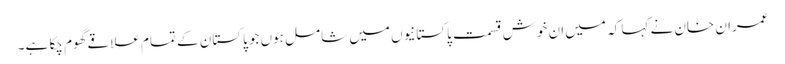
عمران خان نے کہا کہ میں ان خوش قسمت پاکستانیوں میں شامل ہوں جو پاکستان کے تمام علاقے گھوم چکا ہے۔